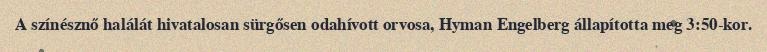
A színésznő halálát hivatalosan sürgősen odahívott orvosa, Hyman Engelberg állapította meg 3:50-kor.